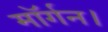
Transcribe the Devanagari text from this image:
मॉर्गन।